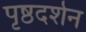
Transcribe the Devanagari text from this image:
पृष्ठदर्शन